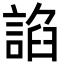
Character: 諂